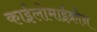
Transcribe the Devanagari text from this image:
काईलोमाईक्रोन